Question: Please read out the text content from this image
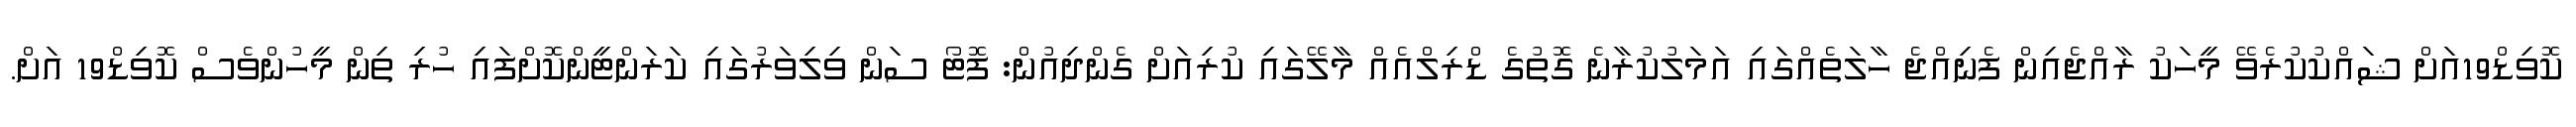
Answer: ކޮވިޑް19އަށް ޝައްކުކުރެވޭ މީހަކު ރާއްޖެއިން ފެނިއްޖެ ހާލަތެއްގައި އަމަލުކުރާނެ ގޮތުގެ ޑްރިލްއެއް މާލޭގައި ކުރިއަށް ގެންދިއުން: ފޮޓޯ ސަން ވިލިވަރުގައި ކަރަންޓީންކޮށްފައި ހުރި ތިން މީހުންވެސް ކޮވިޑް19 އަށް.